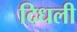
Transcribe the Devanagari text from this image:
दिधली